Medical and sanitary report on the native army of Bombay for the year
Year: 1877
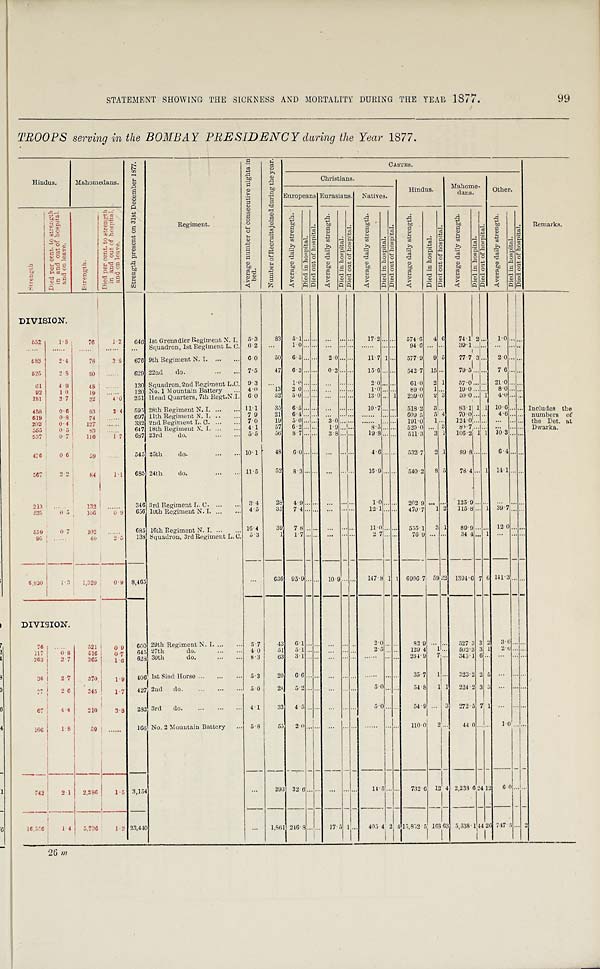
STATEMENT SHOWING THE SICKNESS AND MORTALITY DURING THE YEAR 1877.
TROOPS serving in the BOMBAY PRESIDENCY daring the Year 1877.
Hindus.
Mahomedans.
S t r e n g t h p r e s e n t o n 3 1 s t D e c e m b e r 1 8 7 7 .
Re g i me n t .
A v e r a g e n u m b e r o f c o n s e c u t i v e n i g h t s i n b e d .
N u m b e r o f r e c r u i t s j o i n e d d u r i n g t h e y e a r .
CASTES.
Remarks.
Christians.
Hindus.
Mahome-
dans.
Other.
Europeans Eurasians
Natives.
S t r e n g t h .
D i e d p e r c e n t t o s t r e n g t h i n a n d o u t o f h o s p i t a l a n d o n l e a v e .
S t r e n g t h .
D i e d p e r c e n t t o s t r e n g t h i n a n d o u t o f h o s p i t a l a n d o n l e a v e .
A v e r a g e d a i l y s t r e n g t h .
D i e d i n h o s p i t a l .
D i e d o u t o f h o s p i t a l .
A v e r a g e d a i l y s t r e n g t h .
D i e d i n h o s p i t a l D i e d i n o u t o f h o s p i t a l
A v e r a g e d a i l y s t r e n g t h .
D i e d i n h o s p i t a l
D i e d o u t o f h o s p i t a l .
A v e r a g e d a i l y s t r e n g t h
D i e d i n h o s p i t a l .
D i e d o u t o f h o s p i t a l .
A v e r a g e d a i l y s t r e n g t h
D i e d i n h o s p i t a l .
D i e d o u t o f h o s p i t a l .
A v e r a g e d a i l y s t r e n g t h .
D i e d i n h o s p i t a l
D i e d o u t o f h o s p i t a l .
DIVISION.
552
1 . 8
76
1.2
646 1st Grenadier Regiment N . I. 5.3 83
5.1 . . . . . . ...
. . .
...
17.2
. . . ...
574.6
4 6
74.1
2 . . .
1 . 0
. . . . . .
. . . . . .
. . . . . .
. . . . . .
. . . . . .
. . . Squadron, 1st Regiment L. C.
6.2
. . . 1.0 . . . . . .
. . .
. . . ...
. . . . . .
. . . . . .
94.6 ... . . .
3 9 . 1
... . . .
. . . . . . . . .
583
2.4
78
3 . 8
676 9th Regiment N. I. ...
...
6.0
50
65 . . . . . . 2.0 . . .
...
11.7 1 ...
577.9
9 5
77.7 3 ...
20 . . . ...
525
2.8
80
.....
629 22nd
do.
7.5
47
6 . 3
... . . . 0.2 . . . ...
15.6 . . . . . . 542.7 15 . . .
79.5 ... . . . 7 6 . . . . . .
6 1
4.9
48
. . . . . .
1 3 0 Squadron, 2nd Regiment L.C.
9.3 ...
1.0 . . . . . ...
. . .
...
2.0 . . . . . .
61.0
2 1
57.0 ... . . . 21.0 . . . ...
92
1.0
19
. . . . . .
120 No. 1 Mountain Battery
... 4.0
13
2 0 ...
. . . . . .
. . .
...
1 . 0 . . . . . . . .
8 9 . 0
1
1......
19.0 ... . . .
8 . 0 . . .
...
181
2.7
22
4.0
251 Head Quarters, 7th Regt.N.I.
6.0
52
5.0 . . . . . . . . .
. . .
...
13.0 . . . 1
239.0
2 3
50.0 ... 1
4 . 0 . . . . . . .
488
0.6
83
2 . 4
595 28th Regiment N. I. ...
... 11 . 1
35
6.5 ...
. . . ...
. . . ...
1 0 . 7 . . . . . .
518.2
3 ..
83.1 1 1 10.6
. . . . . . Includes the
619
0.8
74
.....
697 11th Regiment N. I. ..
...
7.9
21 6.4 . . . . . . ...
. . .
... ......
. . . . . . 609.5
5 4
70.0 ... ..
4.6 . . . . . . numbers of
202
0.4
127
...,..
332 2nd Regiment L. C. ...
...
7.0
19
5 .
0 . . . . . . 3 . 0 .. ..
. . . . . . . . . . . . 191.0
1 . . .
124.0... . . .
. . . . . . . . . the Det. at
565
0.5
8 3
. . . . . .
647 18th Regiment N. I. ...
... 4.1
57
6 . 2 . . . . . .
1 . 9 . . .
...
8.5 ... ...
520.0
. . . 3
8 0 . 7...
. . .
. . . . . . . . . . Dwarka.
537
0.7
116
1.7
687 23rd do.
5.5
56
8 . 7
...
. . . 3.8 . . . ...
19.8 . . . . . . 511.3
3 1
106.2 .
1 1
10.3 . . . . . .
4 7 6
.6
59
. . . . . . .
545 25th do.
10.1
48
6. 0
...
. . . . . .
. . .
...
4.6 . . . ...
5 3 2 . 7
2 1
89.8 ... ..
6.4 ... . . .
567
2.2
84
1.1
685 24th do.
11.5
52
8 . 3
... . . . ...
. . . ...
16.9 . . . . . . 540.2
8
5
78.4 ... 1 14.1 . . . ...
213
. . . . . .
132
......
346 3rd Regiment L. C . ...
... 3.4
2 8
4.9 . . . . . . ...
. . .
...
1 . 0 . . .
. . .
2 0 2 . 9 ...
. . .
125.9
...
. . .
. . .
. . .
...
5 2 5
0.5
106
......
656 10th Regiment N. I. ...
... 4.5
35
7.4 . . . . . . ...
. . . ...
12.1 . . . ...
470.7
1 2
115.8... 1 39.7 ... . . .
559
0.7
102
. . . . . .
685 16th Regiment N. I. ...
... 16.4
39
7 . 8 . . . . . .
...
. . . ...
11.0...
. . .
555.1
3 1
89.9 ...
. . . .
1 2 . 0
. . . . . .
95
. . . . . .
40
2. 5
138 Squadron, 3rd Regiment L. C. 5.3
1
1.7 . . . . . .
...
. . .
...
2 . 7 . . . . . .
7 6 . 9
. . . . . .
3 4 . 4
... 1 . . .
. . . . .
6,830
1 . 3
1,329
0.9 8,465
. . .
636 95.9 . . . .. 10.9 . . .
...
147.8 1
1
6906.7
5 9 3 2 1394.6
...7
6 141 . 3 ...
. . .
DIVISION
76
......
521
0.9
6 0 0 29th Regiment N. I. ...
... 5 . 7
43
6.1 ...
. . . ... ... ...
2.0
. . . . . . . 82.9
. . . ...
527 3 3
2
3 . . . ...
117
0.8
516
0 . 7
645 27th
do. ... ...
4.0
51
5.1 . . . . . .
..
. . . . . . .
2.5 . . . . . .
129.4
1 . . . ...
502.3 3 1
2 . 0 . . . . . . .
263
2.7
365
1 . 6
628 30th
do.
8.3
63
3.1 .. . . . ... ... . ...... ... . . .
264.9 7
345.16
. . .
. . . . . . . . .
36
2.7
370
1.9 406 1st Sind Horse ...
...
... 5 . 3
20
6.6 ...
. . . ...
. . .
...
...... .. ..
35.7
1
...
323.2
2
5
. . . . . . ...
77
2.6
341
1.7
427 2nd do.
...
...
... 5.0
28
5.2 ... . . .
. . .
. . . ...
5.0 ... . . .
548 1 1
224.2 3 3
. . . . . . ...
6 7
4.4
210
3 . 8
282 3rd do .
...
... ...
4.1
33
4.5 .. . . . ...
. . . .
...
5.0 ... . . .
5 4 . 9
3 272.5 7
1
. . . . . . ...
106
1.8
59
......
166 No. 2 Mountain Battery
... 5.8
55
2.0 ..
. . .
...
. . .
.... ......
. . . . . .
110.0
2
...
44 0
. . .
1.0
. . .
. . . .
742
2.1
2.386
I.S
3,154
. . .
293 32 6 ... . . . ...
. . .
...
1 4 . 5 . . . . . .
732.6
12 4 2,238.6 24 12
6.0 . . . ..
1 6 , 5 5 6
1.4
5 , 7 3 6
1 . 2 23,440
...
1,861 246. 8
. . . . . . 17.5 1 ...
405 4
2
4 15,852..5
1 6 8 63 5,538.1
44 2 6
747.5 . . . 2
99
26 in